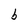
Character: b